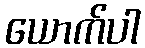
ယောက်ပါ